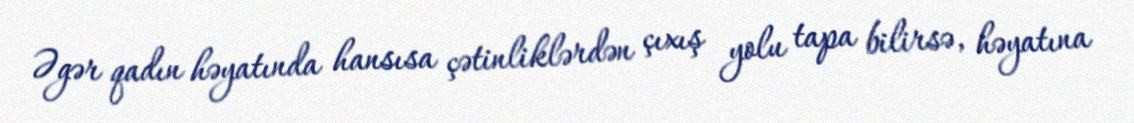
Əgər qadın həyatında hansısa çətinliklərdən çıxış yolu tapa bilirsə, həyatına